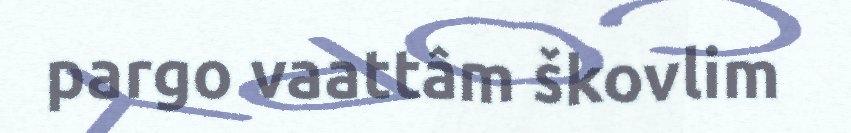
pargo vaattâm škovlim